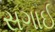
સગાઈ